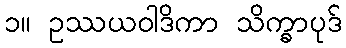
၁။ ဥဿယဝါဒိကာ သိက္ခာပုဒ်